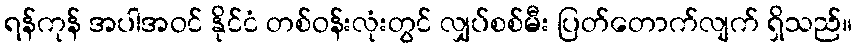
ရန်ကုန် အပါအဝင် နိုင်ငံ တစ်ဝန်းလုံးတွင် လျှပ်စစ်မီး ပြတ်တောက်လျက် ရှိသည်။